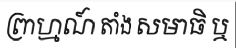
ព្រាហ្មណ៍ តាំង សមាធិ ឬ